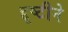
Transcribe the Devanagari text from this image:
द्दृष्टीने